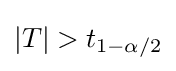
|T|>t_{1-\alpha /2}\,\!